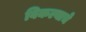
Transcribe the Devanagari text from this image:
विकल्याचे